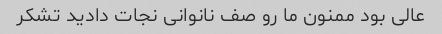
عالی بود ممنون ما رو صف نانوانی نجات دادید تشکر